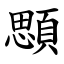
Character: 顋